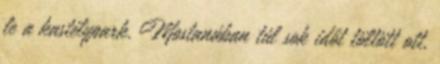
le a kastélypark. Mostanában túl sok időt töltött ott,